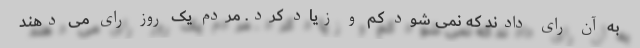
به آن رای دادند که نمی شود کم و زیاد کرد. مردم یک روز رای می دهند